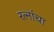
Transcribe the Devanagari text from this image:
रत्नांचा